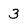
Character: 3